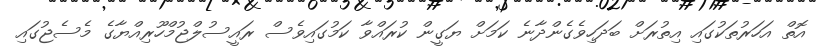
އޮތް އަހަރުތަކުގައި އިތުރަށް ބަދަހިވެގެންދާނެ ކަމަށް ޔަގީން ކުރައްވާ ކަމުގައިވެސް ރައީސުލްޖުމްހޫރިއްޔާގެ މެސެޖުގައި